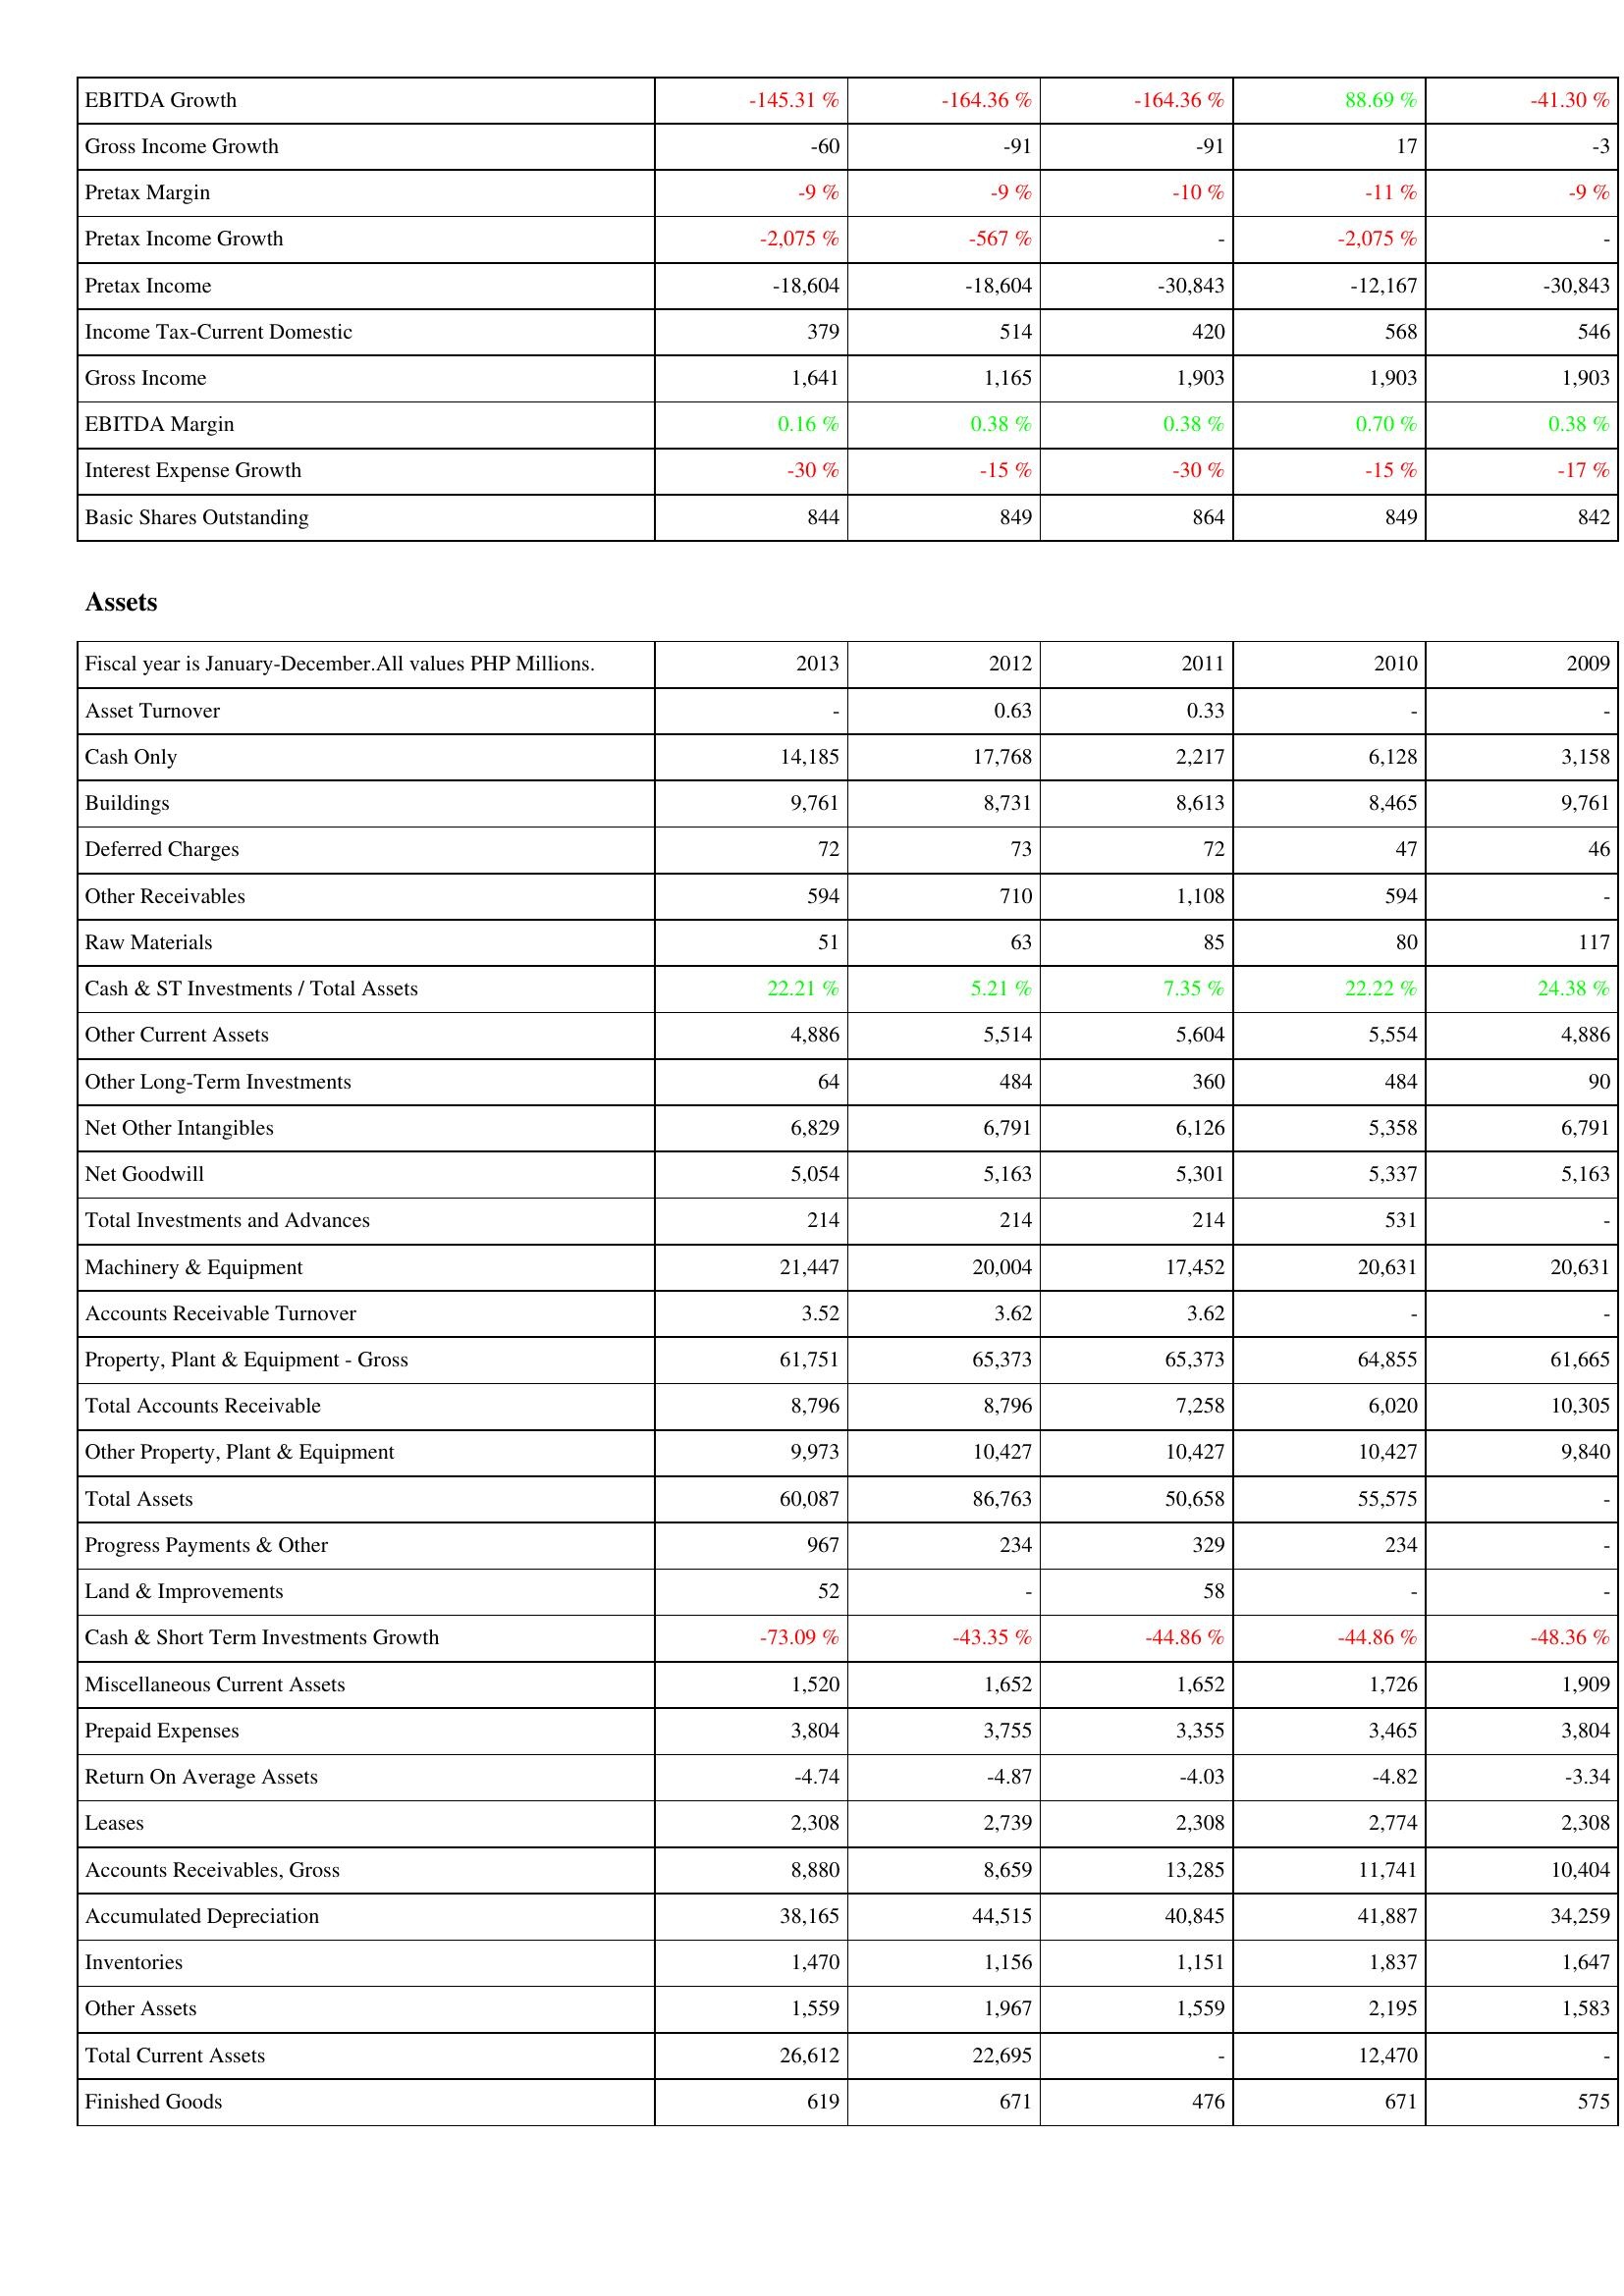
2013: Income Statement: EBITDA Growth: -145.31 %
Gross Income Growth: -60
Pretax Margin: -9 %
Pretax Income Growth: -2,075 %
Pretax Income: -18,604
Income Tax-Current Domestic: 379
Gross Income: 1,641
EBITDA Margin: 0.16 %
Interest Expense Growth: -30 %
Basic Shares Outstanding: 844
Assets: Asset Turnover: -
Cash Only: 14,185
Buildings: 9,761
Deferred Charges: 72
Other Receivables: 594
Raw Materials: 51
Cash & ST Investments / Total Assets: 22.21 %
Other Current Assets: 4,886
Other Long-Term Investments: 64
Net Other Intangibles: 6,829
Net Goodwill: 5,054
Total Investments and Advances: 214
Machinery & Equipment: 21,447
Accounts Receivable Turnover: 3.52
Property, Plant & Equipment - Gross: 61,751
Total Accounts Receivable: 8,796
Other Property, Plant & Equipment: 9,973
Total Assets: 60,087
Progress Payments & Other: 967
Land & Improvements: 52
Cash & Short Term Investments Growth: -73.09 %
Miscellaneous Current Assets: 1,520
Prepaid Expenses: 3,804
Return On Average Assets: -4.74
Leases: 2,308
Accounts Receivables, Gross: 8,880
Accumulated Depreciation: 38,165
Inventories: 1,470
Other Assets: 1,559
Total Current Assets: 26,612
Finished Goods: 619
2012: Income Statement: EBITDA Growth: -164.36 %
Gross Income Growth: -91
Pretax Margin: -9 %
Pretax Income Growth: -567 %
Pretax Income: -18,604
Income Tax-Current Domestic: 514
Gross Income: 1,165
EBITDA Margin: 0.38 %
Interest Expense Growth: -15 %
Basic Shares Outstanding: 849
Assets: Asset Turnover: 0.63
Cash Only: 17,768
Buildings: 8,731
Deferred Charges: 73
Other Receivables: 710
Raw Materials: 63
Cash & ST Investments / Total Assets: 5.21 %
Other Current Assets: 5,514
Other Long-Term Investments: 484
Net Other Intangibles: 6,791
Net Goodwill: 5,163
Total Investments and Advances: 214
Machinery & Equipment: 20,004
Accounts Receivable Turnover: 3.62
Property, Plant & Equipment - Gross: 65,373
Total Accounts Receivable: 8,796
Other Property, Plant & Equipment: 10,427
Total Assets: 86,763
Progress Payments & Other: 234
Land & Improvements: -
Cash & Short Term Investments Growth: -43.35 %
Miscellaneous Current Assets: 1,652
Prepaid Expenses: 3,755
Return On Average Assets: -4.87
Leases: 2,739
Accounts Receivables, Gross: 8,659
Accumulated Depreciation: 44,515
Inventories: 1,156
Other Assets: 1,967
Total Current Assets: 22,695
Finished Goods: 671
2011: Income Statement: EBITDA Growth: -164.36 %
Gross Income Growth: -91
Pretax Margin: -10 %
Pretax Income Growth: -
Pretax Income: -30,843
Income Tax-Current Domestic: 420
Gross Income: 1,903
EBITDA Margin: 0.38 %
Interest Expense Growth: -30 %
Basic Shares Outstanding: 864
Assets: Asset Turnover: 0.33
Cash Only: 2,217
Buildings: 8,613
Deferred Charges: 72
Other Receivables: 1,108
Raw Materials: 85
Cash & ST Investments / Total Assets: 7.35 %
Other Current Assets: 5,604
Other Long-Term Investments: 360
Net Other Intangibles: 6,126
Net Goodwill: 5,301
Total Investments and Advances: 214
Machinery & Equipment: 17,452
Accounts Receivable Turnover: 3.62
Property, Plant & Equipment - Gross: 65,373
Total Accounts Receivable: 7,258
Other Property, Plant & Equipment: 10,427
Total Assets: 50,658
Progress Payments & Other: 329
Land & Improvements: 58
Cash & Short Term Investments Growth: -44.86 %
Miscellaneous Current Assets: 1,652
Prepaid Expenses: 3,355
Return On Average Assets: -4.03
Leases: 2,308
Accounts Receivables, Gross: 13,285
Accumulated Depreciation: 40,845
Inventories: 1,151
Other Assets: 1,559
Total Current Assets: -
Finished Goods: 476
2010: Income Statement: EBITDA Growth: 88.69 %
Gross Income Growth: 17
Pretax Margin: -11 %
Pretax Income Growth: -2,075 %
Pretax Income: -12,167
Income Tax-Current Domestic: 568
Gross Income: 1,903
EBITDA Margin: 0.70 %
Interest Expense Growth: -15 %
Basic Shares Outstanding: 849
Assets: Asset Turnover: -
Cash Only: 6,128
Buildings: 8,465
Deferred Charges: 47
Other Receivables: 594
Raw Materials: 80
Cash & ST Investments / Total Assets: 22.22 %
Other Current Assets: 5,554
Other Long-Term Investments: 484
Net Other Intangibles: 5,358
Net Goodwill: 5,337
Total Investments and Advances: 531
Machinery & Equipment: 20,631
Accounts Receivable Turnover: -
Property, Plant & Equipment - Gross: 64,855
Total Accounts Receivable: 6,020
Other Property, Plant & Equipment: 10,427
Total Assets: 55,575
Progress Payments & Other: 234
Land & Improvements: -
Cash & Short Term Investments Growth: -44.86 %
Miscellaneous Current Assets: 1,726
Prepaid Expenses: 3,465
Return On Average Assets: -4.82
Leases: 2,774
Accounts Receivables, Gross: 11,741
Accumulated Depreciation: 41,887
Inventories: 1,837
Other Assets: 2,195
Total Current Assets: 12,470
Finished Goods: 671
2009: Income Statement: EBITDA Growth: -41.30 %
Gross Income Growth: -3
Pretax Margin: -9 %
Pretax Income Growth: -
Pretax Income: -30,843
Income Tax-Current Domestic: 546
Gross Income: 1,903
EBITDA Margin: 0.38 %
Interest Expense Growth: -17 %
Basic Shares Outstanding: 842
Assets: Asset Turnover: -
Cash Only: 3,158
Buildings: 9,761
Deferred Charges: 46
Other Receivables: -
Raw Materials: 117
Cash & ST Investments / Total Assets: 24.38 %
Other Current Assets: 4,886
Other Long-Term Investments: 90
Net Other Intangibles: 6,791
Net Goodwill: 5,163
Total Investments and Advances: -
Machinery & Equipment: 20,631
Accounts Receivable Turnover: -
Property, Plant & Equipment - Gross: 61,665
Total Accounts Receivable: 10,305
Other Property, Plant & Equipment: 9,840
Total Assets: -
Progress Payments & Other: -
Land & Improvements: -
Cash & Short Term Investments Growth: -48.36 %
Miscellaneous Current Assets: 1,909
Prepaid Expenses: 3,804
Return On Average Assets: -3.34
Leases: 2,308
Accounts Receivables, Gross: 10,404
Accumulated Depreciation: 34,259
Inventories: 1,647
Other Assets: 1,583
Total Current Assets: -
Finished Goods: 575